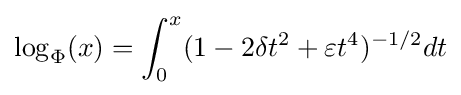
\log _{\Phi }(x)=\int _{0}^{x}(1-2\delta t^{2}+\varepsilon t^{4})^{-1/2}dt